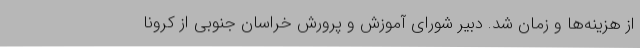
از هزینه‌ها و زمان شد. دبیر شورای آموزش و پرورش خراسان جنوبی از کرونا